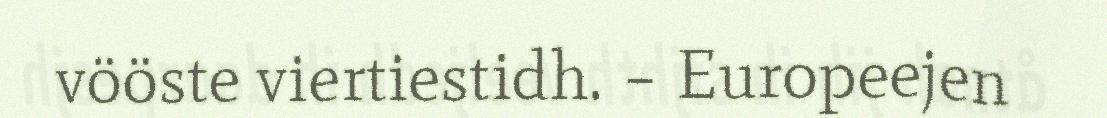
vööste viertiestidh. – Europeejen